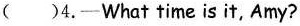
( )4.-What time is it, Amy?